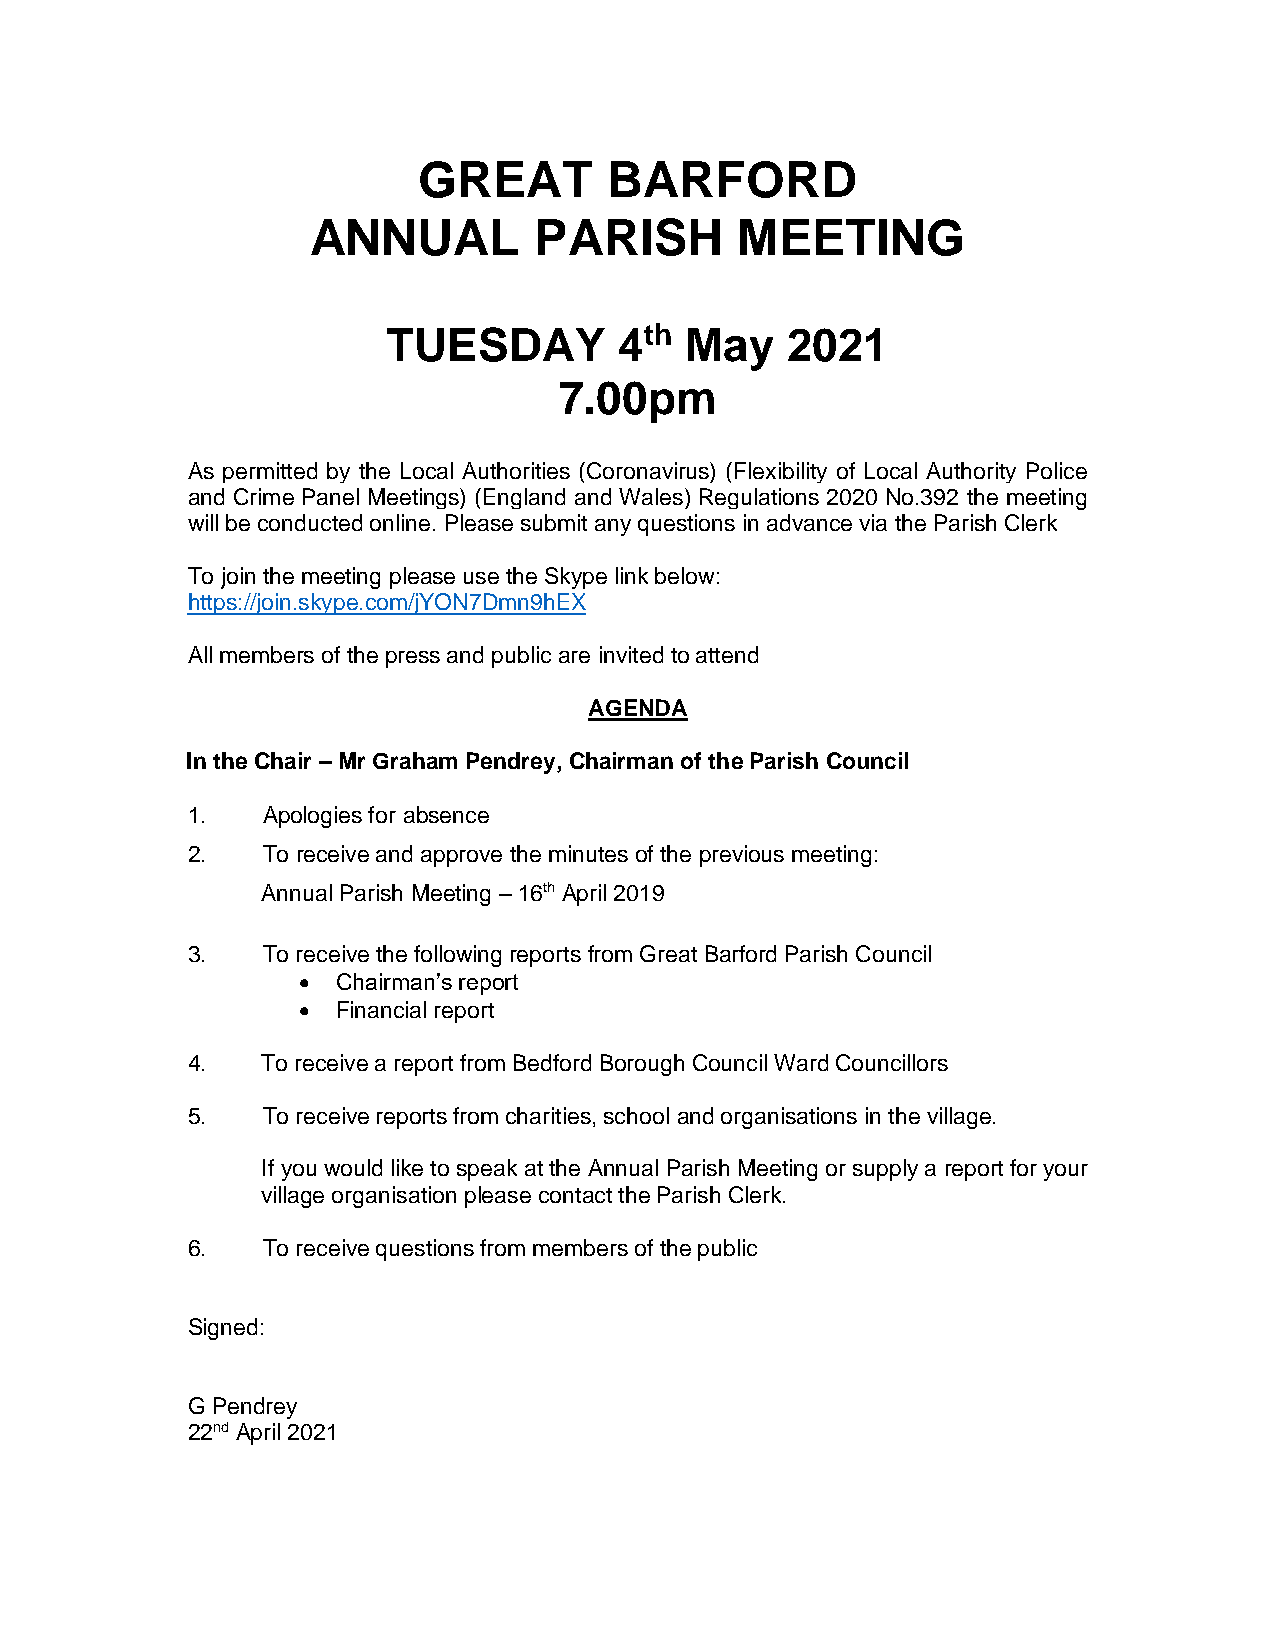
GREAT       BARFORD
 ANNUAL         PARISH        MEETING
 TUESDAY        4th May    2021
 7.00pm
 As permitted by the Local Authorities (Coronavirus) (Flexibility of Local Authority Police
 and Crime Panel Meetings) (England and Wales) Regulations 2020 No.392 the meeting
 will be conducted online. Please submit any questions in advance via the Parish Clerk
 To join the meeting please use the Skype link below:
 https://join.skype.com/jYON7Dmn9hEX
 All members of the press and public are invited to attend
 AGENDA
 In the Chair – Mr Graham Pendrey, Chairman of the Parish Council
 1.   Apologies for absence
 2.   To receive and approve the minutes of the previous meeting:
 Annual Parish Meeting – 16th April 2019
 3.   To receive the following reports from Great Barford Parish Council
 • Chairman’s report
 • Financial report
 4.   To receive a report from Bedford Borough Council Ward Councillors
 5.   To receive reports from charities, school and organisations in the village.
 If you would like to speak at the Annual Parish Meeting or supply a report for your
 village organisation please contact the Parish Clerk.
 6.   To receive questions from members of the public
 Signed:
 G Pendrey
 22nd April 2021